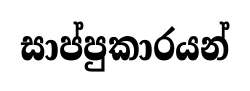
සාප්පුකාරයන්